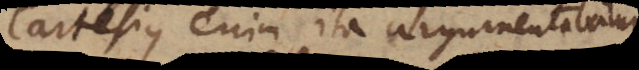
Cartesius enim ita argumentabatur.